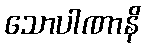
သောပါဏာနိ